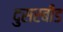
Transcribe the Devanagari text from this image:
दुसरबीड